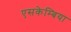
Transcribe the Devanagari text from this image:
एसकेम्बिया